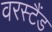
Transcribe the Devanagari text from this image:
वरस्टैंड